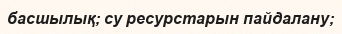
басшылық; су ресурстарын пайдалану;